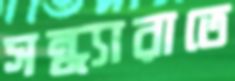
সন্ধ্যারাতে